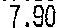
7.90